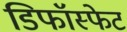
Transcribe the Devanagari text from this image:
डिफॉस्फेट